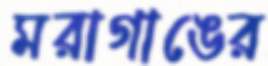
মরাগাঙের